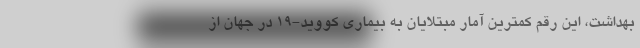
بهداشت، این رقم کمترین آمار مبتلایان به بیماری کووید-19 در جهان از